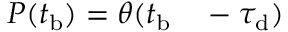
\begin{array} { r l } { P ( t _ { \mathrm { b } } ) = \theta ( t _ { \mathrm { b } } } & { { } - \tau _ { \mathrm { d } } ) } \end{array}